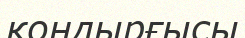
қоңдырғысы